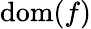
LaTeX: \operatorname{dom}(f)